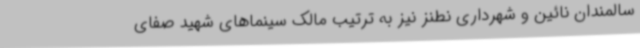
سالمندان نائین و شهرداری نطنز نیز به ترتیب مالک سینماهای شهید صفای